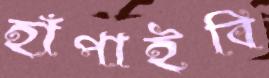
হাঁপাইবি